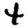
Digit: 4